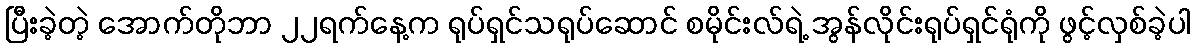
ပြီးခဲ့တဲ့ အောက်တိုဘာ ၂၂ရက်နေ့က ရုပ်ရှင်သရုပ်ဆောင် စမိုင်းလ်ရဲ့ အွန်လိုင်းရုပ်ရှင်ရုံကို ဖွင့်လှစ်ခဲ့ပါ